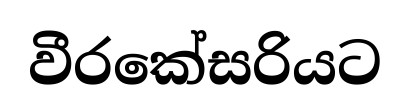
වීරකේසරියට